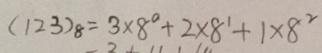
( 1 2 3 ) _ { 8 } = 3 \times 8 ^ { 0 } + 2 \times 8 ^ { 1 } + 1 \times 8 ^ { 2 }